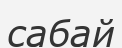
сабай